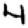
Digit: 4